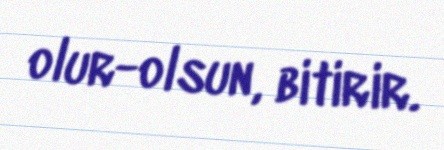
olur-olsun, bitirir.